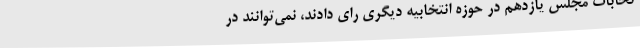
تخابات مجلس یازدهم در حوزه انتخابیه دیگری رای دادند، نمی‌توانند در